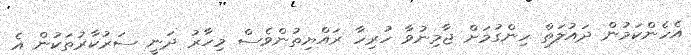
އެހެންކަމުން ދައުލަތް ހިންގުމަށް ޖާމިނުވާ ހުރިހާ ރައްޔިތުންވެސް މިހާރު ދަނީ ސަރުކާރުތަކުން އެ